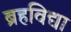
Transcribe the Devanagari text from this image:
ब्रहविद्या